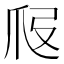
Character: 𤓷